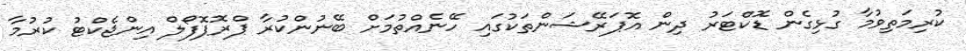
ކުރިމަތިވުމާ ގުޅިގެން ޑޮކްޓަރު ދިން އޮޕަރޭޝަންތަކުގައި ހޭނެއްތުމަށް ބޭނުންކުރާ ޕްރޮޕޮފޯލް އިންޖެކްޓު ކުރުމާ